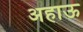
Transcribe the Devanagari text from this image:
अहाऊ